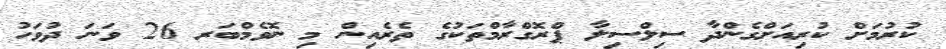
ކުރުމަށް ކުރިއަށްގެންދާ ސިލްސިލާ ޕްރޮގްރާމްތަކުގެ ތެރެއިން މި ނޮވެމްބަރ 26 ވަނަ ދުވަހު